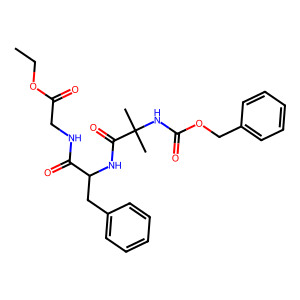
SMILES: CCOC(=O)CNC(=O)C(Cc1ccccc1)NC(=O)C(C)(C)NC(=O)OCc1ccccc1
Inhibits HIV replication: No